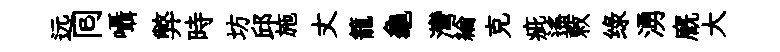
远囘囁弊時坊邱施丈籠龜灣綸克疵遥敕绿湧廐大